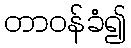
တာဝန်ခံ၍